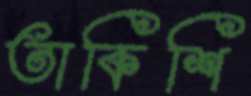
তাকিশি